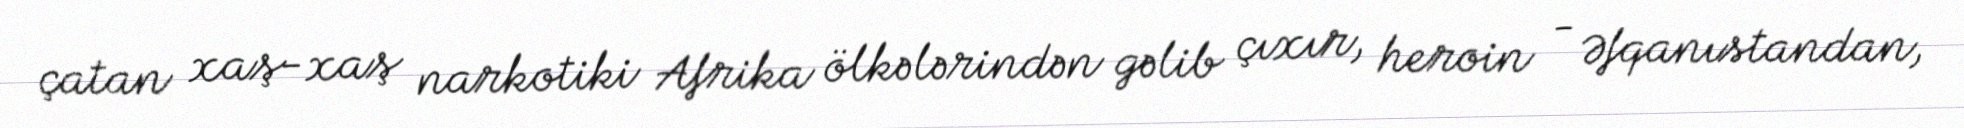
çatan xaş-xaş narkotiki Afrika ölkələrindən gəlib çıxır, heroin - Əfqanıstandan,